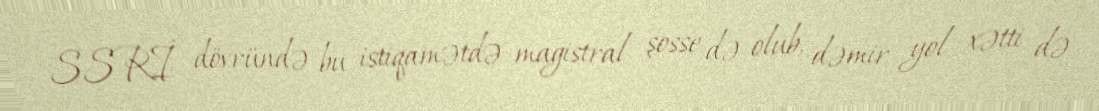
SSRİ dövründə bu istiqamətdə magistral şosse də olub, dəmir yol xətti də